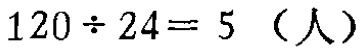
\(120\div 24 = 5 \text{（人）}\)